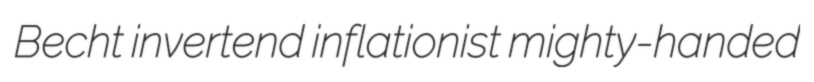
Becht invertend inflationist mighty-handed